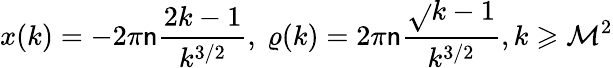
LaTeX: x(k)=-2\pi\mathsf{n}\frac{{2k-1}}{{k^{3/2}}},~\varrho(k)=2\pi\mathsf{n}\frac{{\sqrt{}{{k-1}}}}{{k^{3/2}}},k\geqslant\mathcal{{M}}^{2}